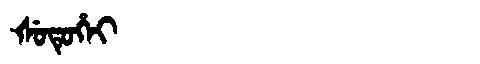
Manchu: ᡧᡠᡨᡠᡥᡝᡳ
Romanization: ŠUTUHEI